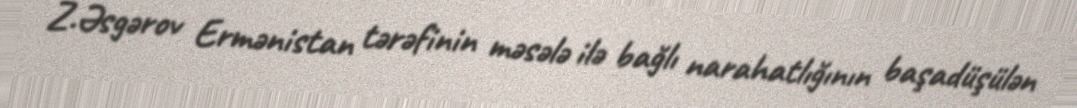
Z.Əsgərov Ermənistan tərəfinin məsələ ilə bağlı narahatlığının başadüşülən